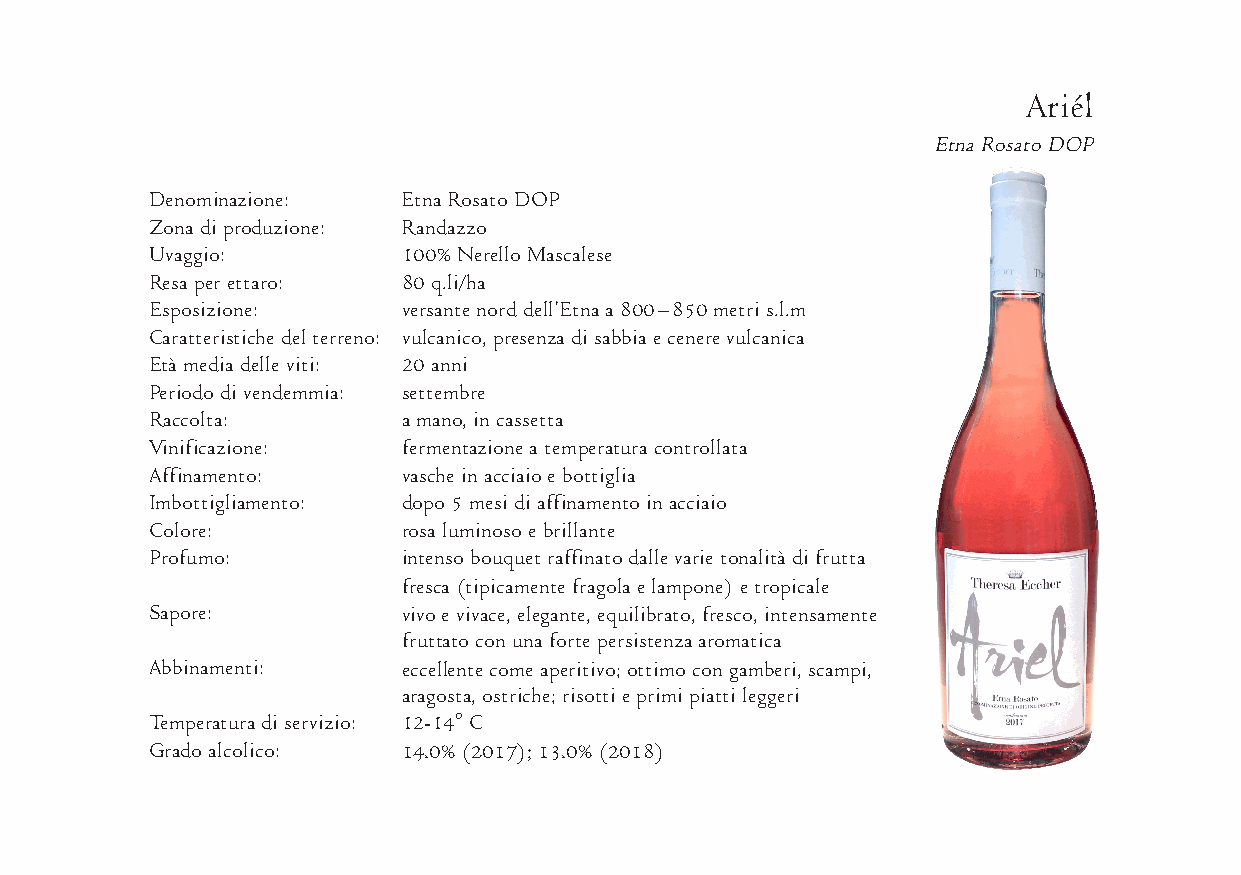
Ariél
 Etna Rosato DOP
 Denom i nazione: Etna Rosato DOP
 Zona di pro duzione: Randazzo
 Uvaggio:         100% Nerello Mascalese
 Resa per ettaro: 80 q.li/ha
 Espo sizione:    ver sante nord dell’Etna a 800 – 850 metri s.l.m
 Carat ter is tiche del ter reno: vul canico, pre senza di sab bia e cenere vulcanica
 Età media delle viti: 20 anni
 Peri odo di vendem mia: settembre
 Rac colta:       a mano, in cassetta
 Vinifi cazione:  ferm ent azione a temp era tura controllata
 Affi na mento:   vasche in acciaio e bottiglia
 Imbot tiglia mento: dopo 5 mesi di affin am ento in acciaio
 Col ore:         rosa luminoso e brillante
 Pro fumo:        intenso bouquet raffinato dalle varie tonalità di frutta
 fresca (tipicamente fragola e lampone) e tropicale
 Sapore:          vivo e vivace, eleg ante, equil ib rato, fresco, intens am ente
 frut tato con una forte pers ist enza aromatica
 Abbina menti:    eccell ente come aperitivo; ottimo con gamberi, scampi,
 aragosta, ostriche; risotti e primi piatti leggeri
 Tem per atura di servizio: 12-14° C
 Grado alcol ico: 14.0% (2017); 13.0% (2018)